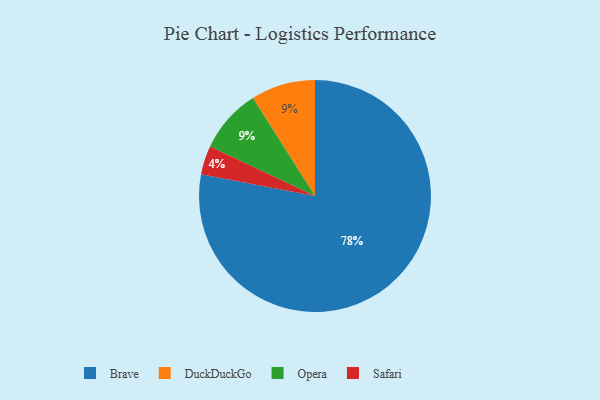
{"axis": {"x": "Category", "y": "Percentage"}, "legend": ["Brave", "DuckDuckGo", "Opera", "Safari"], "data": [{"x": "DuckDuckGo", "y": 9, "type": "DuckDuckGo"}, {"x": "Opera", "y": 9, "type": "Opera"}, {"x": "Brave", "y": 78, "type": "Brave"}, {"x": "Safari", "y": 4, "type": "Safari"}]}